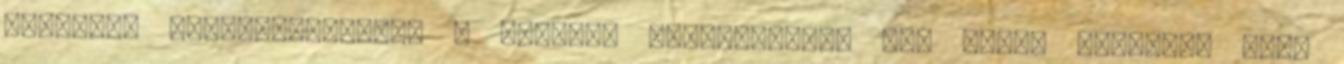
főorvosa feltakaríttatja a méretes vízfoltokat. Így egyel kevesebb lesz